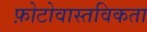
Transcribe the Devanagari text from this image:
फ़ोटोवास्तविकता